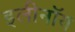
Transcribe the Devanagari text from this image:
इलीनॉय